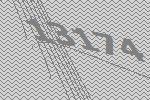
13174